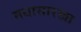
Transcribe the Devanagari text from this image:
मधासारखा